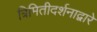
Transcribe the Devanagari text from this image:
त्रिमितीदर्शनाद्वारे